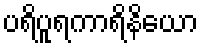
ပရိပူရကာရိနိယော